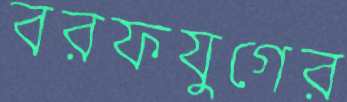
বরফযুগের